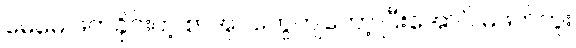
မေမေ ဖတ်ခိုင်းတဲ့ စာအုပ်တွေကျတော့ ပြီးအောင် မဖတ်ဘူး